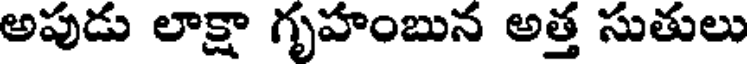
అపుడు లాక్షా గృహంబున అత్త సుతులు